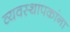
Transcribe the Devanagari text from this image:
व्यवस्थापकांना